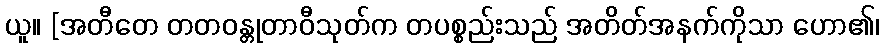
ယူ။ [အတီတေ တတဝန္တုတာဝီသုတ်က တပစ္စည်းသည် အတိတ်အနက်ကိုသာ ဟော၏၊